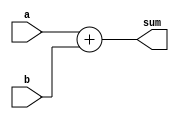
`timescale 1ns / 1ps

module Adder(
	input [31:0] a,
	input [31:0] b,
	output [31:0] sum
);
	assign sum = a+b; 
	
endmodule

module SignExtender(
	input [15:0] bit_16,
	output [31:0] bit_32
);
	assign bit_32 = {{16{bit_16[15]}}, bit_16}; 

endmodule


module Mux_2input #(parameter WIDTH = 32)(
	input [WIDTH-1:0] a, 
	input [WIDTH-1:0] b, 
	input sel,
	output [WIDTH-1:0] out
);
	assign out = (sel) ? b:a;
	
endmodule


module Mux_3input #(parameter WIDTH = 32)(
	input [WIDTH-1:0] a, 
	input [WIDTH-1:0] b, 
	input [WIDTH-1:0] c, 
	input [1:0] sel,
	output [WIDTH-1:0] out
);
	assign out = (sel[1]) ? {c}:{(sel[0]) ? b:a};
	
endmodule